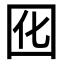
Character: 囮